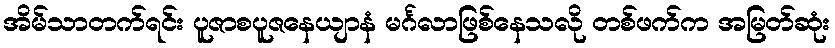
အိမ်သာတက်ရင်း ပူဇာစပူဇနေယျာနံ မင်္ဂလာဖြစ်နေသလို တစ်ဖက်က အမြတ်ဆုံး